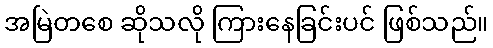
အမြဲတစေ ဆိုသလို ကြားနေခြင်းပင် ဖြစ်သည်။